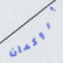
بروكمان